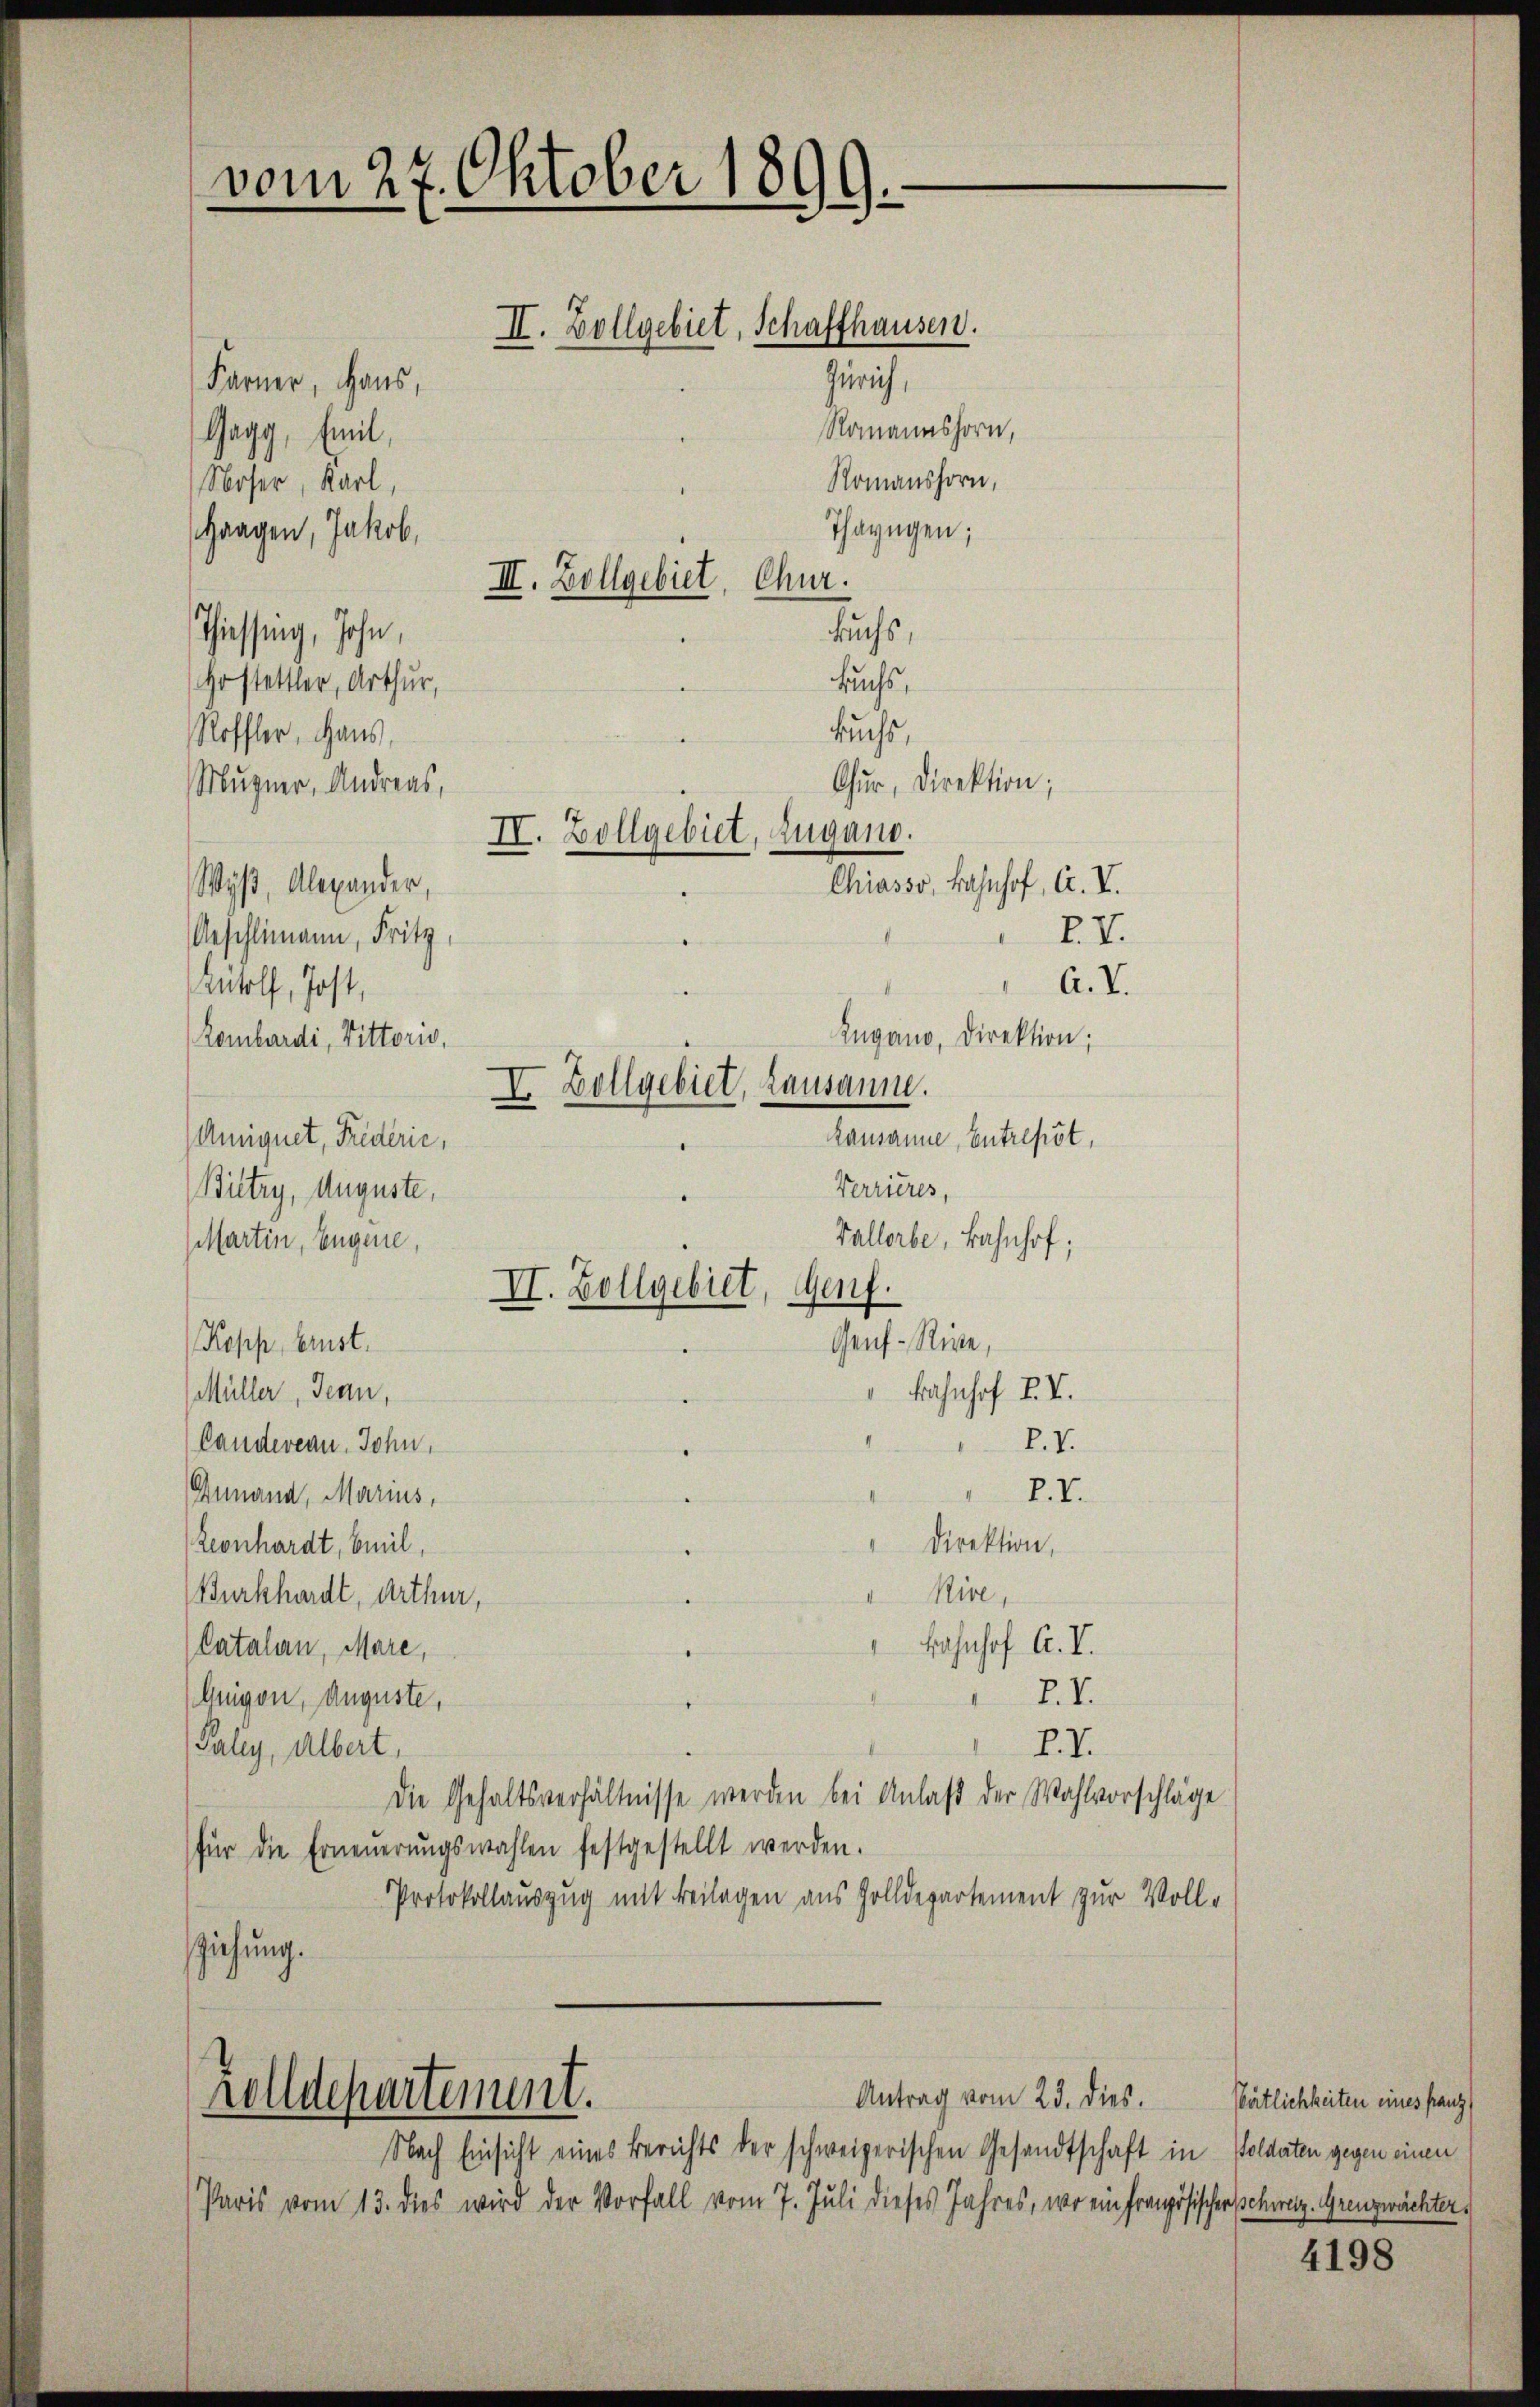
Zugano, Direktion;
Rausanne, Entrepst,
Verrieres,
Biltry, Auguste,
Vallerbe, Bahnhof,
Martin, Eugene,
II. Zollgebiet, Genf.
Genf-Rive,
Kopp, Brust.

Buchs,
Buchs.
Chur, Direktion;
A. V.
Bahnhof I. V.
Müller, denn,
P. V.
(Landereau. John.
P. I.
Gunand, Marius,
Direktion,
Leonhardt, beeil,
 Nive,
(Burkhardt, Arthur,
Bahnhof A. I.
(Catalen, Mare,
E.I.
Anigon, Auguste,
PI.
Paliy, Albert,
Die Gehaltsverhältnisse werden bei Anlaß der Wahlvorschläge
für die Erneŭerŭngswahlen festgestellt werden.
Protokollauszug mit Beilagen aus Zolldepartement zur Vollsziehung.

vom 27. Oktober 1899.

Farner, Haus,
Gagg, mit,
Noser, Karl,
Gaagen, Jakob,
Thiessing, John,
Hostettler, Arthur,
Roffler, Haus,
Muzner, Andreas,
Wyß, Alexander,
Geschlimann, Fritz,
Wolf, Jost,
Lombardi, Vittoris,
Aniquet, Friderie,

II. Zollgebiet, Schaffhausen.
Zürich,
Romannshorn,
Romanshorn,
Thazügen;

III. Zollgebiet, Chur.

Zolldepartement.

Buchs,
IV. Zollgebiet, Zugano.

I. Zollgebiet, Lausaum.

Chiasso, Bahnhof, A. V.
XV.

Antrag vom 23. dies.

Nach Einsicht eines Berichts der schweizerischen Gesandtschaft in Goldaten gegen einen
Paris vom 13. dies wird der Vorfall vom 7. Juli dieses Jahres, wo ein Französischen schweiz. Grenzwächter¬

Pärtlichkeiten eines franz

4198